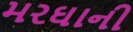
મરઘાની